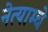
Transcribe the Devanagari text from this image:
नेत्याम्चे